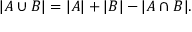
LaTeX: | A \cup B | = | A | + | B | - | A \cap B | .